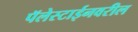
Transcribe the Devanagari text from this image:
पॅलेस्टाईनवरील